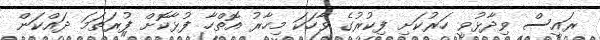
ރަައީސް ވިދާޅުވީ ހަރުކަށި ފިކުރުގެ ވާހަކަ މިހާރު އޮތްހާ ފުޅާކޮށް ފުރަތަމަ ދައްކަން